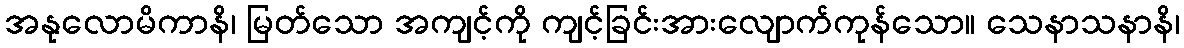
အနုလောမိကာနိ၊ မြတ်သော အကျင့်ကို ကျင့်ခြင်းအားလျောက်ကုန်သော။ သေနာသနာနိ၊